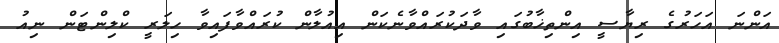
އަންނަ އަހަރުގެ ރިޔާސީ އިންތިޚާބުގައި ވާދަކުރައްވާނެކަން އިއުލާން ކުރައްވާފައިވާ ހިލަރީ ކްލިންޓަން ނިއު